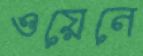
ওয়েনে